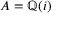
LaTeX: A = \mathbb { Q } ( i )